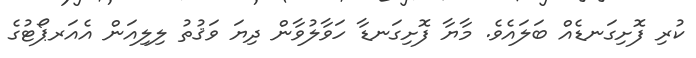
ކުރި ފޮށިގަނޑެއް ބަލައެވެ. މާޔާ ފޮށިގަނޑާ ހަވާލުވާން ދިޔަ ވަޤުތު ލިލިއަން އެއަރޕޯޓުގެ